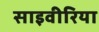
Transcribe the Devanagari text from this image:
साइवीरिया